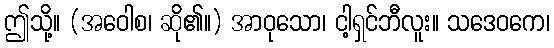
ဤသို့။ (အဝေါစ၊ ဆို၏။) အာဝုသော၊ ငါ့ရှင်ဘီလူး။ သဒေဝကေ၊